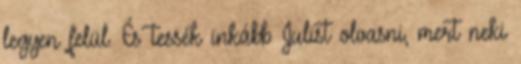
legyen felül. És tessék inkább Julist olvasni, mert neki